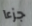
جزءا